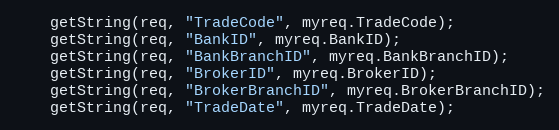
Language: C++
	getString(req, "TradeCode", myreq.TradeCode);
	getString(req, "BankID", myreq.BankID);
	getString(req, "BankBranchID", myreq.BankBranchID);
	getString(req, "BrokerID", myreq.BrokerID);
	getString(req, "BrokerBranchID", myreq.BrokerBranchID);
	getString(req, "TradeDate", myreq.TradeDate);